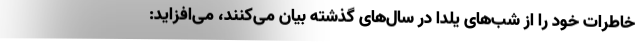
خاطرات خود را از شب‌های یلدا در سال‌های گذشته بیان می‌کنند، می‌افزاید: